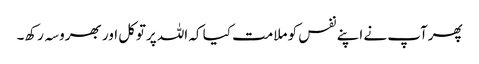
پھرآپ نے اپنے نفس کو ملامت کیا کہ اللہ پرتوکل اور بھروسہ رکھ۔